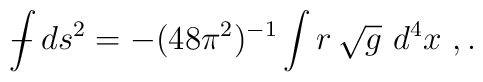
{\int \!\!\!\!\!\! -} \, ds^{2} = -(48\pi^2)^{-1}\int r \,\sqrt{g} \ d^4 x \ , .